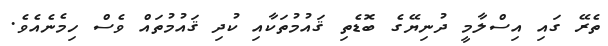
ތެރޭ ގައި އިސްލާމީ ދުނިޔޭގެ ބޮޑެތި ޤައުމުތަކާއި ކުދި ޤައުމުތައް ވެސް ހިމެނެއެވެ.